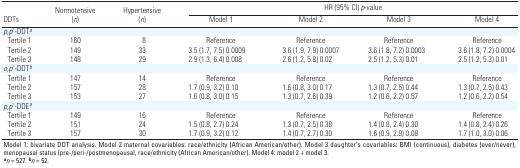
<table><thead><tr><td rowspan="2"><b>DDTs</b></td><td rowspan="2"><b>Normotensive (n)</b></td><td rowspan="2"><b>Hypertensive (n)</b></td><td colspan="4"><b>HR (95% CI) p-value</b></td></tr><tr><td><b>Model 1</b></td><td><b>Model 2</b></td><td><b>Model 3</b></td><td><b>Model 4</b></td></tr></thead><tbody><tr><td>p,p ́-DDTa</td></tr><tr><td>Tertile 1</td><td>160</td><td>8</td><td>Reference</td><td>Reference</td><td>Reference</td><td>Reference</td></tr><tr><td>Tertile 2</td><td>149</td><td>33</td><td>3.5 (1.7, 7.5) 0.0009</td><td>3.6 (1.9, 7.9) 0.0007</td><td>3.6 (1.8, 7.2) 0.0003</td><td>3.6 (1.8, 7.2) 0.0004</td></tr><tr><td>Tertile 3</td><td>148</td><td>29</td><td>2.9 (1.3, 6.4) 0.008</td><td>2.6 (1.2, 5.8) 0.02</td><td>2.5 (1.2, 5.3) 0.01</td><td>2.5 (1.2, 5.3) 0.01</td></tr><tr><td>o,p ́-DDTb</td></tr><tr><td>Tertile 1</td><td>147</td><td>14</td><td>Reference</td><td>Reference</td><td>Reference</td><td>Reference</td></tr><tr><td>Tertile 2</td><td>157</td><td>28</td><td>1.7 (0.9, 3.2) 0.10</td><td>1.6 (0.8, 3.0) 0.17</td><td>1.3 (0.7, 2.5) 0.44</td><td>1.3 (0.7, 2.5) 0.43</td></tr><tr><td>Tertile 3</td><td>153</td><td>27</td><td>1.6 (0.8, 3.0) 0.15</td><td>1.3 (0.7, 2.6) 0.39</td><td>1.2 (0.6, 2.2) 0.57</td><td>1.2 (0.6, 2.2) 0.54</td></tr><tr><td>p,p ́-DDEa</td></tr><tr><td>Tertile 1</td><td>149</td><td>16</td><td>Reference</td><td>Reference</td><td>Reference</td><td>Reference</td></tr><tr><td>Tertile 2</td><td>151</td><td>24</td><td>1.5 (0.8, 2.7) 0.24</td><td>1.3 (0.7, 2.5) 0.38</td><td>1.4 (0.8, 2.4) 0.30</td><td>1.4 (0.8, 2.4) 0.26</td></tr><tr><td>Tertile 3</td><td>157</td><td>30</td><td>1.7 (0.9, 3.2) 0.12</td><td>1.4 (0.7, 2.7) 0.30</td><td>1.6 (0.9, 2.9) 0.08</td><td>1.7 (1.0, 3.0) 0.06</td></tr><tr><td colspan="7">Model 1: bivariate DDT analysis. Model 2 maternalcovariables: race/ethnicity (African American/other). Model 3 daughter’scovariables: BMI (continuous), diabetes (ever/never), menopausal status(pre-/peri-/postmenopausal, race/ethnicity (African American/other).Model 4: model 2 + model 3. an = 527. bn = 52. </td></tr></tbody></table>